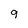
Character: 9